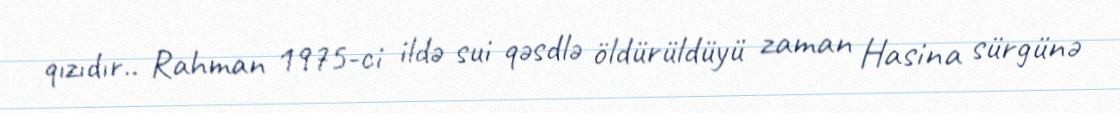
qızıdır.. Rahman 1975-ci ildə sui qəsdlə öldürüldüyü zaman Hasina sürgünə